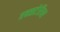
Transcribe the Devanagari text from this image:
एक्सटेरियर